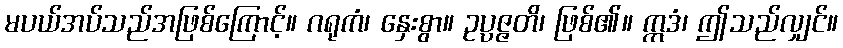
မပယ်အပ်သည်အဖြစ်ကြောင့်။ ဂရုကံ၊ နှေးစွာ။ ဥပ္ပဇ္ဇတိ၊ ဖြစ်၏။ ဣဒံ၊ ဤသည်လျှင်။